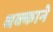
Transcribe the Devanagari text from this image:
धक्काने